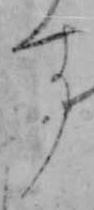
す